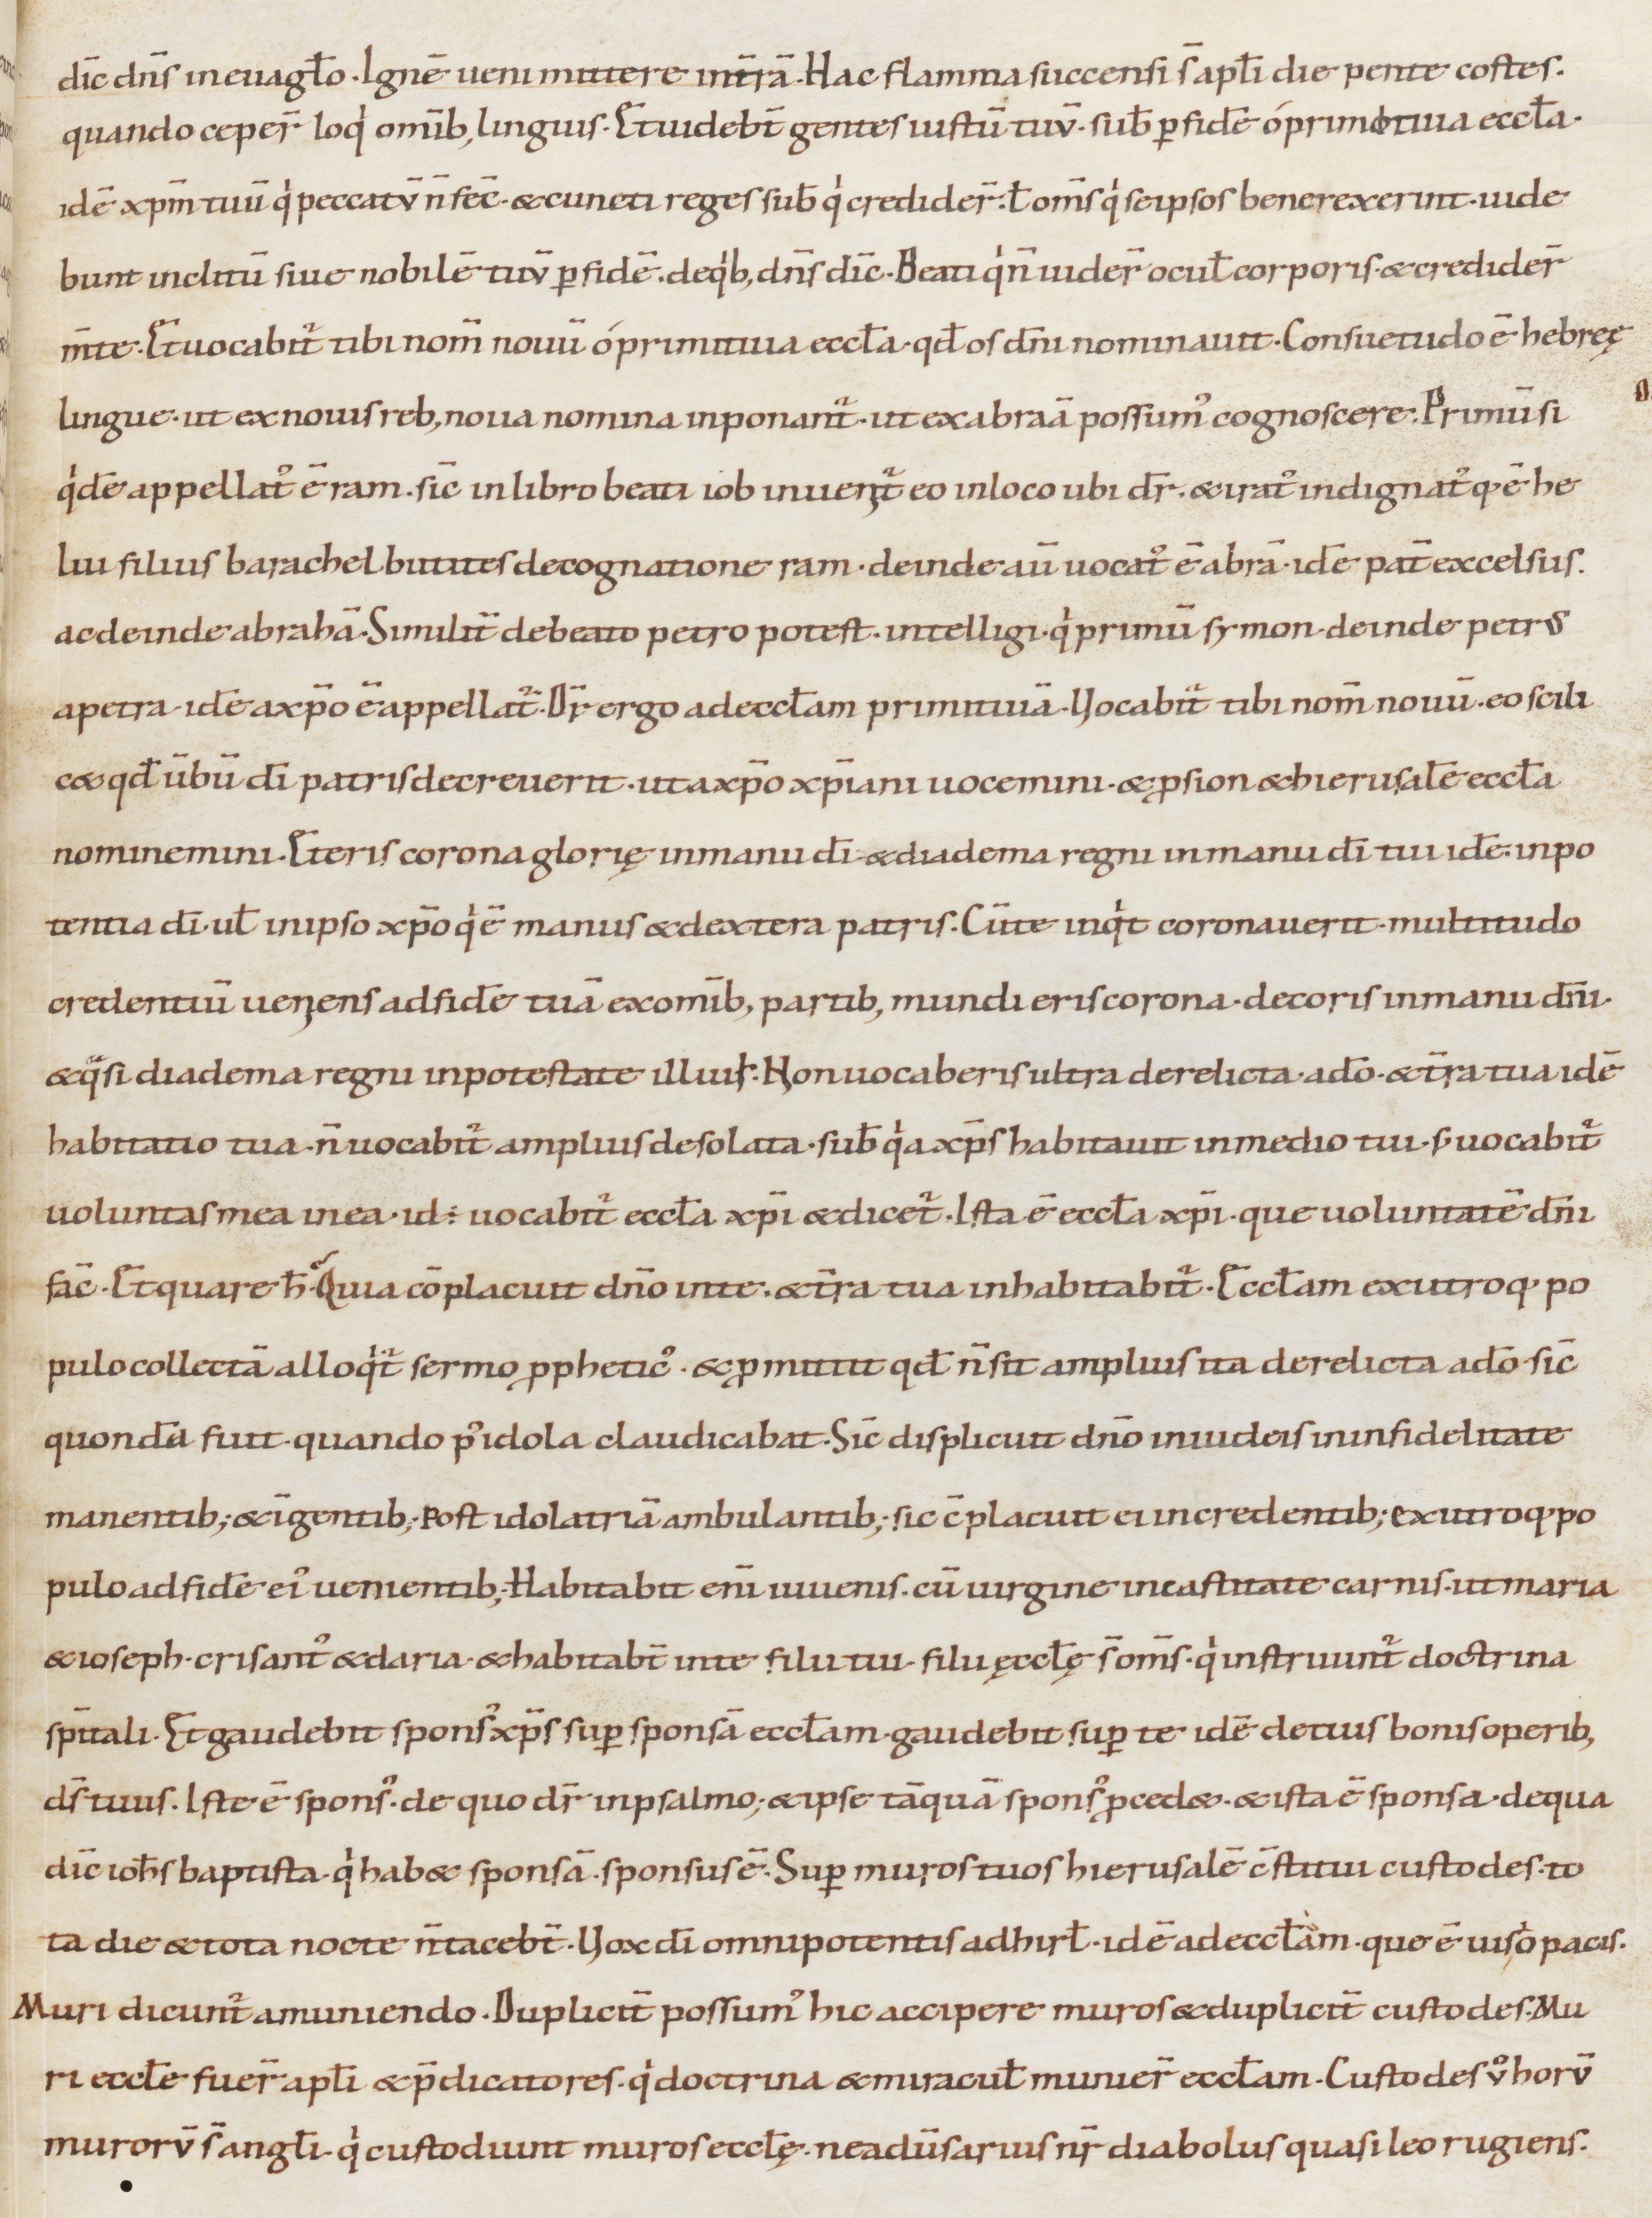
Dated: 1000–1099